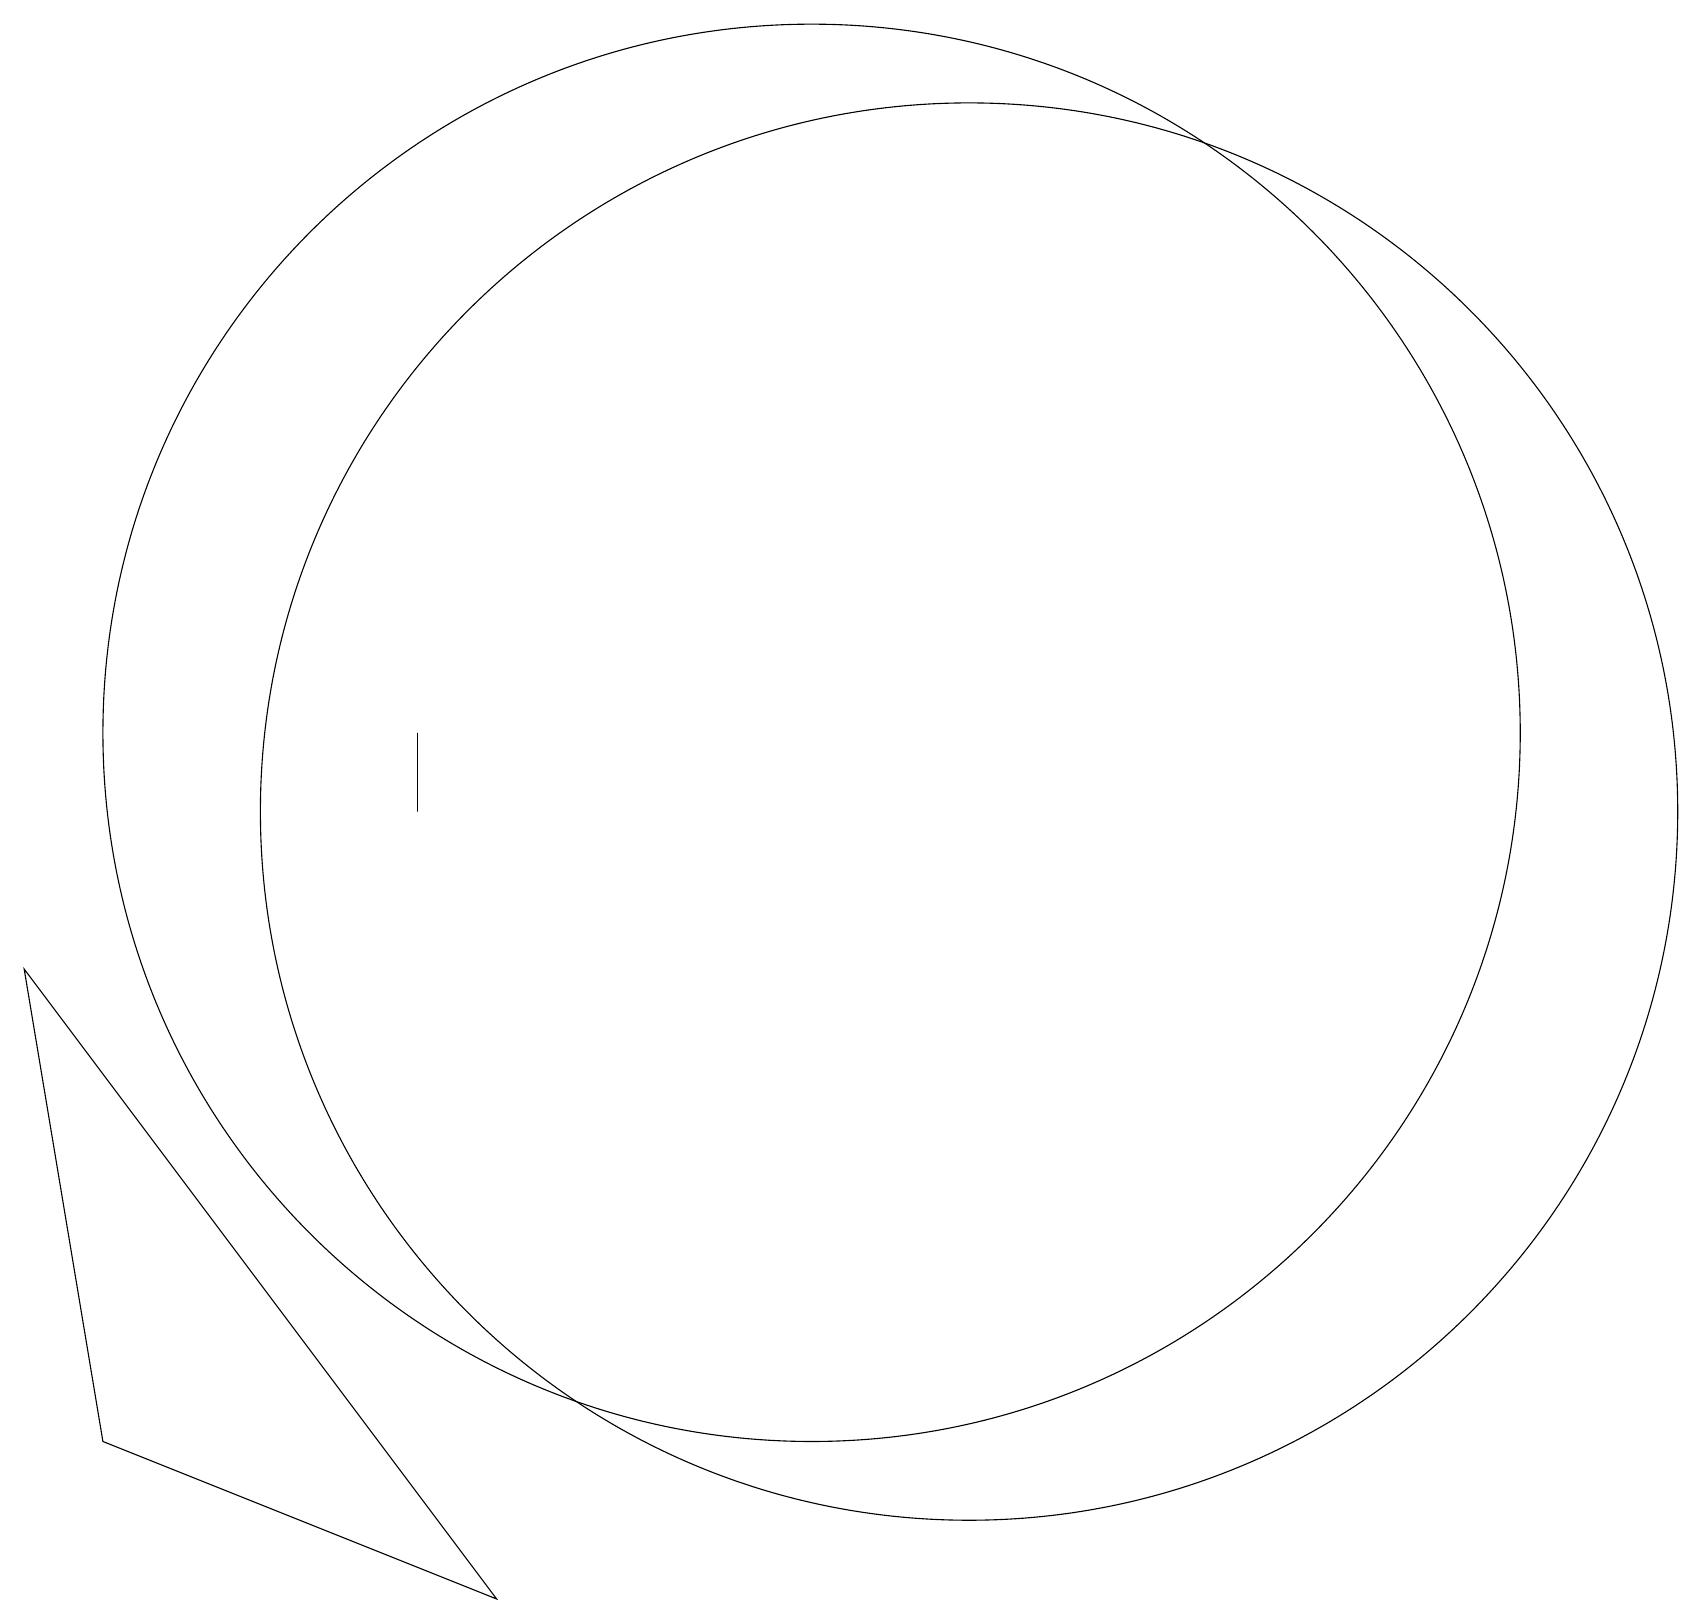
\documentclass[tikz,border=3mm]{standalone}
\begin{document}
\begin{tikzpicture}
\draw (12,10) circle (9);
\draw (5,11) rectangle (5,10);
\draw (10,11) circle (9);
\draw (1,2) -- (0,8) -- (6,0) -- cycle;
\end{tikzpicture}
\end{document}